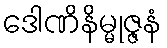
ဒေါဏိနိမ္မုဇ္ဇနံ